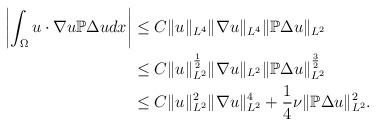
LaTeX: \begin{align*}\begin{aligned}\left|\int_{\Omega}u\cdot\nabla u\mathbb{P}\Delta udx\right| & \leq C\|u\|_{L^{4}}\|\nabla u\|_{L^{4}}\|\mathbb{P}\Delta u\|_{L^{2}}\\ & \leq C\|u\|_{L^{2}}^{\frac{1}{2}}\|\nabla u\|_{L^{2}}\|\mathbb{P}\Delta u\|_{L^{2}}^{\frac{3}{2}}\\ & \leq C\|u\|_{L^{2}}^{2}\|\nabla u\|_{L^{2}}^{4}+\frac{1}{4}\nu\|\mathbb{P}\Delta u\|_{L^{2}}^{2}.\end{aligned}\end{align*}